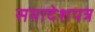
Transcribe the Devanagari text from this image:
समादेशपत्र